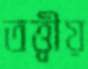
তত্ত্বীয়